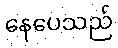
နေပေသည်